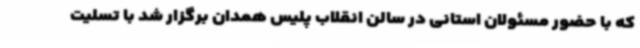
که با حضور مسئولان استانی در سالن انقلاب پلیس همدان برگزار شد با تسلیت